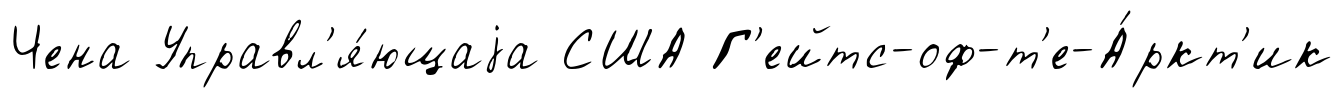
Чена Управл'я́ющаjа США Г'ейтс-оф-т'е-А́ркт'ик